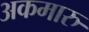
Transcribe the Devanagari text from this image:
अकमारु